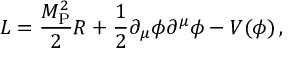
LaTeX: { \cal L } = \frac { M _ { \mathrm { P } } ^ { 2 } } { 2 } R + \frac { 1 } { 2 } \partial _ { \mu } \phi \partial ^ { \mu } \phi - V ( \phi ) \, ,